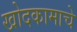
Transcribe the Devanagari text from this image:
खोदकामाचे